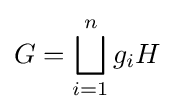
G=\bigsqcup _{i=1}^{n}g_{i}H